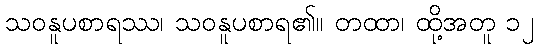
သဝနူပစာရဿ၊ သဝနူပစာရ၏။ တထာ၊ ထို့အတူ ၁၂